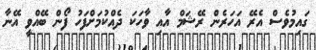
ގައިމުވެސް އެރޭ އަހަރެން ރޭޝަމް އާއި ވާހަކަ ދެއްކުމަށްފަހު ފޯން ބޭއްވީ އޭނާ